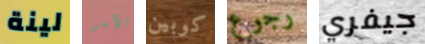
لينة الأمر كوبين رجوع جيفري